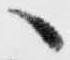
へ